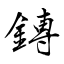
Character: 鎛